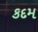
કદમ